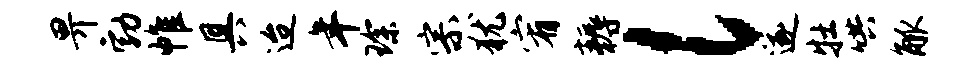
畀勃帷具迨年琛宗犹宥耨l遂牡哄觚